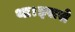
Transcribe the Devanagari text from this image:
था।इससे